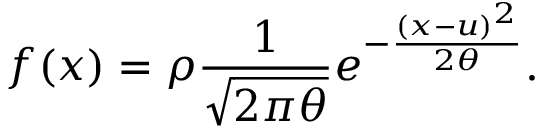
f ( x ) = \rho \frac { 1 } { \sqrt { 2 \pi \theta } } e ^ { - \frac { { ( x - u ) } ^ { 2 } } { 2 \theta } } .